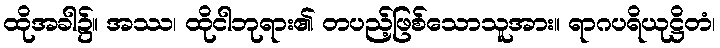
ထိုအခါ၌။ အဿ၊ ထိုငါဘုရား၏ တပည့်ဖြစ်သောသူအား။ ရာဂပရိယုဋ္ဌိတံ၊